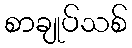
စာချုပ်သစ်